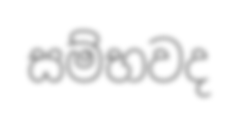
සම්භවද